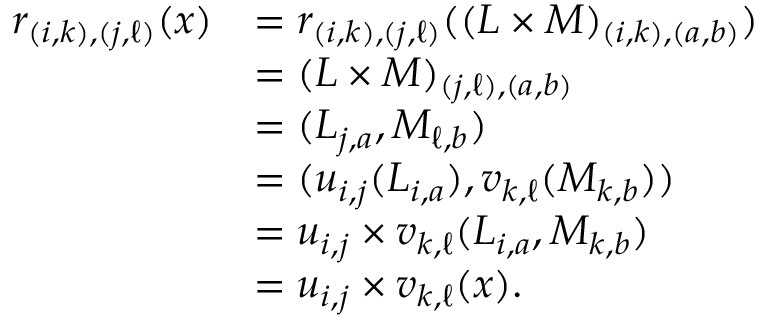
\begin{array} { r l } { r _ { ( i , k ) , ( j , \ell ) } ( x ) } & { = r _ { ( i , k ) , ( j , \ell ) } ( ( L \times M ) _ { ( i , k ) , ( a , b ) } ) } \\ & { = ( L \times M ) _ { ( j , \ell ) , ( a , b ) } } \\ & { = ( L _ { j , a } , M _ { \ell , b } ) } \\ & { = ( u _ { i , j } ( L _ { i , a } ) , v _ { k , \ell } ( M _ { k , b } ) ) } \\ & { = u _ { i , j } \times v _ { k , \ell } ( L _ { i , a } , M _ { k , b } ) } \\ & { = u _ { i , j } \times v _ { k , \ell } ( x ) . } \end{array}